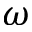
\boldsymbol { \omega }